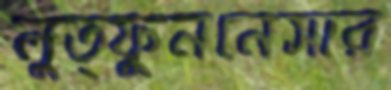
লুত্ফুননেসার